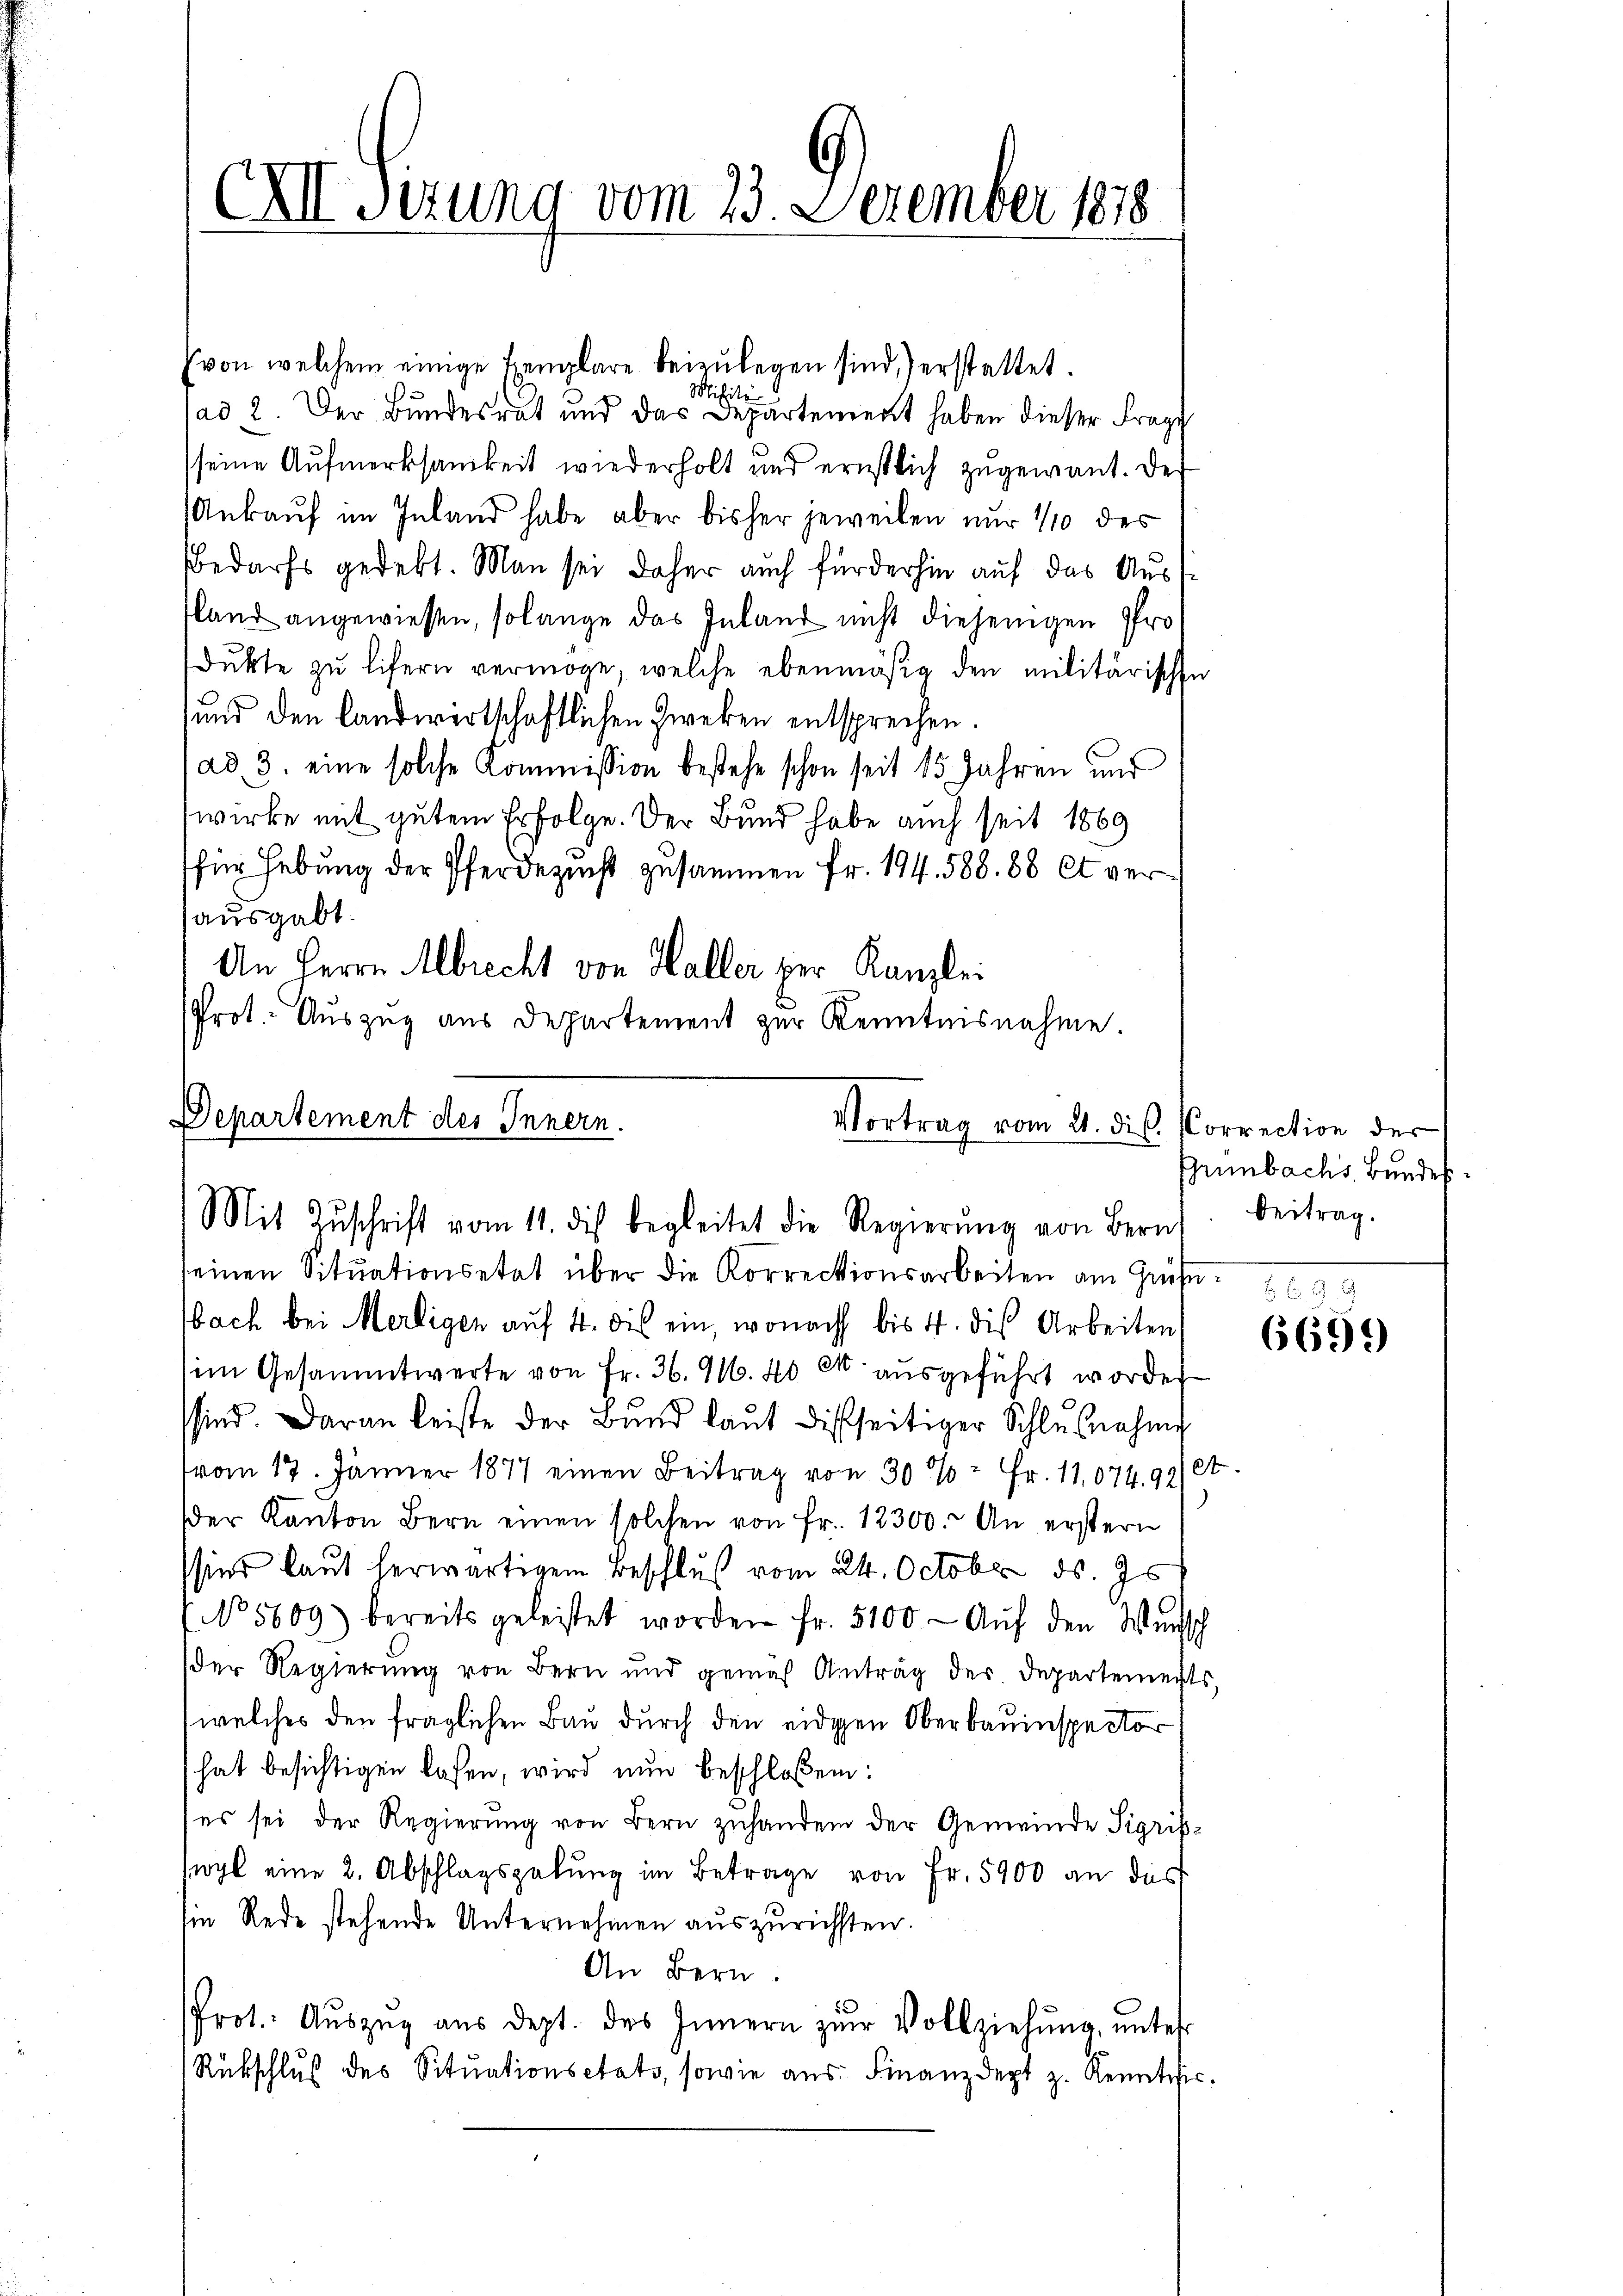
XII Sizung vom 23. Dezember 1878

von welchem einige Exemplare beizŭlegen sind,) erstattet.
Misit
ad 2. Der Bundesrat und das Departement haben dieser Frage
seine Aufmerksamkeit wiederholt und ernstlich zugewant. Der
Ankauf im Inland habe aber bisher jeweilen nur 1/10 des
Bedarfs gedekt. Man sei daher auch für der hin auf das Auss
sland angewiesen, solange das Inland nicht diejenigen Prodŭkte zŭ lifern vermöge, welche ebenmäßig den militärischen
und den landwertschaftlichen Zweken entsprechen.
ad 3. eine solche Kommission bestehe schon seit 15 Jahren und
wirke mit gutem Erfolge. Der Bund habe auch seit 1869
für Hebung der Pferdezucht zusammen Fr. 194. 588. 88 et verausgabt.
An Herrn Abrecht von Haller per Kanzlei
Prot. Auszug aus Departement zur Kenntnisnahme

Departement des Innern.
Vortrag vom 21. dis.
Mit Zŭschrift vom 11. dis begleitet die Regierŭng von Bern

seinen Sitŭationsetat über die Korrectionsarbeiten am Grüße. 9
bach bei Merligen auf 4. die ein, wonach bis 4. die Arbeiten
im Gesammtwerte von Fr. 36. M. 40 Ct. ausgeführt worden
sind. Daran leiste der Bŭnd laŭt disseitiger Schlŭβnahme
vom 17. Jänner 1877 einen Beitrag von 30% = Fr. 11,074,99/et.
der Kanton Bern einen solchen von fr. 12300. An erstern
sind laut herwärtigem Beschluß vom 24. October ds. Js.
No 5609) bereits geleistet worden fr. 5100. Aŭf den Wunsch
der Regierung von Bern und gemäß Antrag der Departements,
(welches den fraglichen Bau durch den eidgen Oberbauinspector
hat besichtigen lassen, wird nun beschloßen:
(es sei der Regierung von Bern zuhanden der Gemeinde Sigrisswyl eine 2. Abschlagsgebung im Betrage von Fr. 5900 an das
sie Rede stehende Unternehmen auszurichsten.
An Bern.
Prot. Aŭszŭg aŭs dept. des Innern zŭr Vollziehŭng ŭnter
Rükschluß des Situationsetats, sowie aus: Finanzdept z. Kenntnis.

Correction der
Grünbachs, Bundes
Beitrag.

6699)